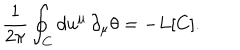
\frac { 1 } { 2 \pi } \oint _ { C } d u ^ { \mu } \, \partial _ { \mu } \theta = - L [ C ] .